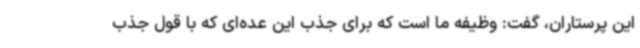
این پرستاران، گفت: وظیفه ما است که برای جذب این عده‌ای که با قول جذب